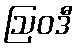
ဩဝဒီ